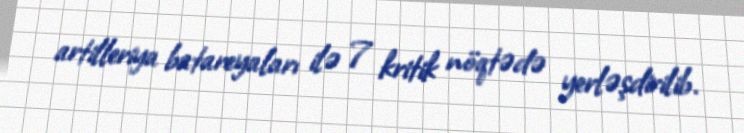
artilleriya batareyaları ilə 7 kritik nöqtədə yerləşdirilib.